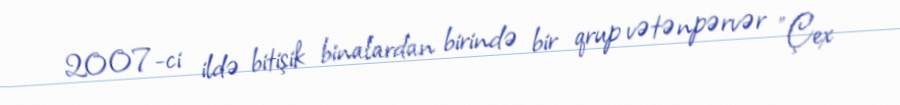
2007-ci ildə bitişik binalardan birində bir qrup vətənpərvər "Çex